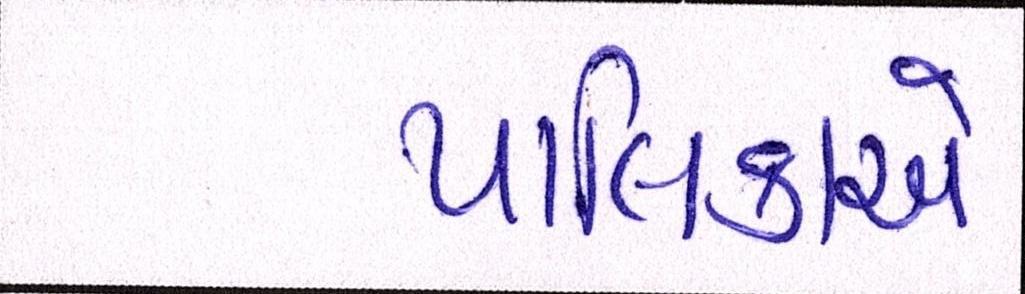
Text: પાલિકાએ